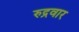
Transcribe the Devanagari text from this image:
रुद्रवार